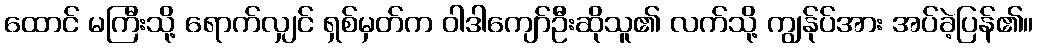
ထောင် မကြီးသို့ ရောက်လျှင် ရှစ်မှတ်က ဝါဒါကျော်ဦးဆိုသူ၏ လက်သို့ ကျွန်ုပ်အား အပ်ခဲ့ပြန်၏။